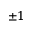
\pm 1